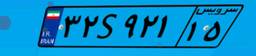
۳۲S۹۲۱۱۵